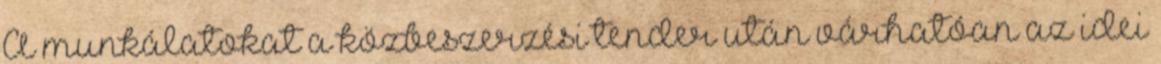
A munkálatokat a közbeszerzési tender után várhatóan az idei